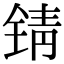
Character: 锖